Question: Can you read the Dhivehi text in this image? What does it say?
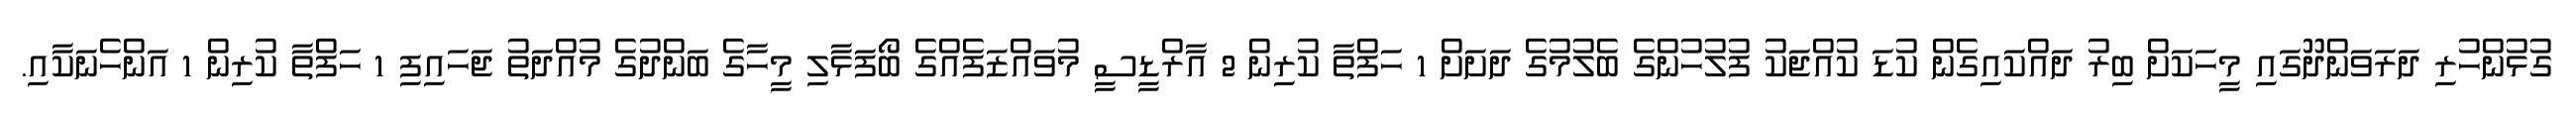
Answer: ގުޅުންހުރި ދަރަވަންދޫގައި މީހަކަށް ބިރު ދައްކައިގެން ކުޑަ ކުއްޖަކު ފުލުހުންގެ ބެލުމުގެ ދަށަށް 1 ހަފްތާ ކުރިން 2 އާރްޑީސީ މުވައްޒަފެއްގެ ބޯފަޅާލި މީހާގެ ބަންދުގެ މުއްދަތު ޖަހައިފި 1 ހަފްތާ ކުރިން 1 އަންހެނަކާއި.